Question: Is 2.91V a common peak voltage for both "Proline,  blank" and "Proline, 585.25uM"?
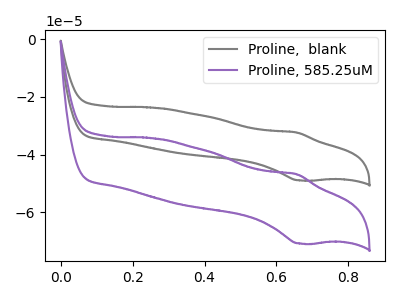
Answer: <think>The gray curve "Proline,  blank" has an anodic peak at (0.65V, -32.30uA) and a cathodic peak at (0.65V, -48.90uA). The purple curve "Proline, 585.25uM" has an anodic peak at (0.65V, -46.75uA) and a cathodic peak at (0.65V, -70.80uA).</think>
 <answer>No, "Proline,  blank" and "Proline, 585.25uM" dont share a peak at 2.91V.</answer>
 <eval>mismatch</eval>